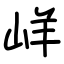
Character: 㟄